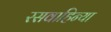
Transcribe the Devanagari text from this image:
रसवाहिन्या